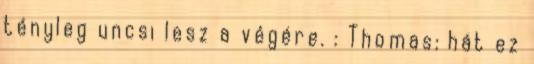
tényleg uncsi lesz a végére. : Thomas: hát ez